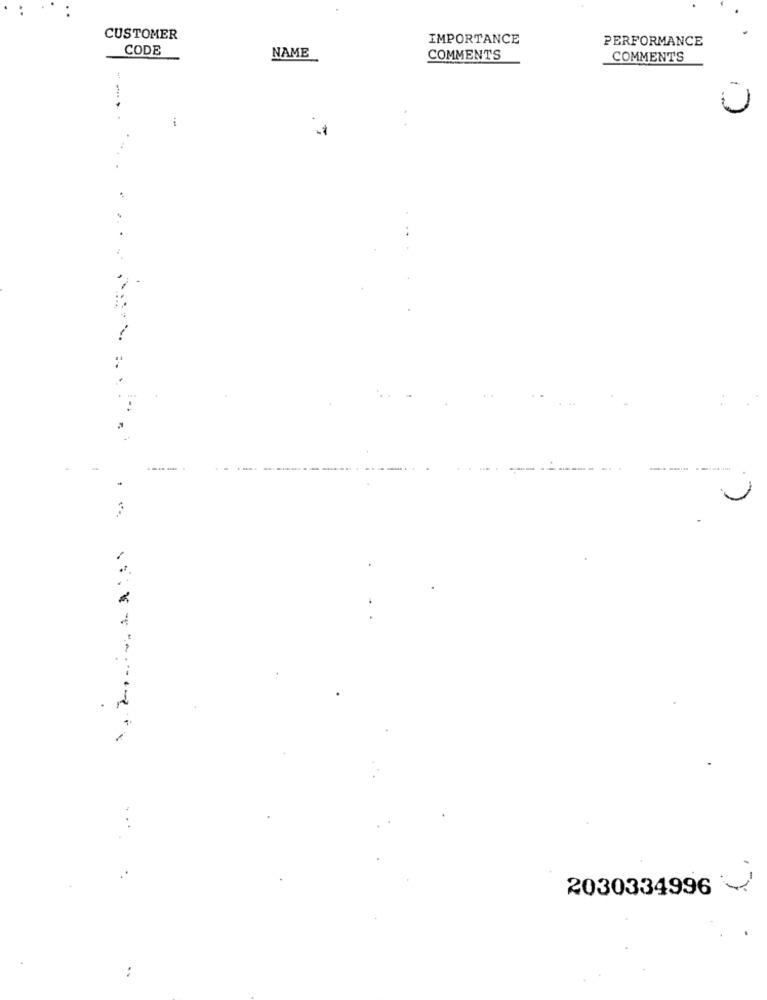
CUSTOMER
IMPORTANCE
PERFORMANCE
CODE
NAME
COMMENTS
COMMENTS
U
------
2030334996
..